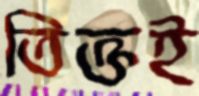
তিক্তই